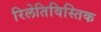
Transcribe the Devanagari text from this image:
रिलेतिविस्तिक